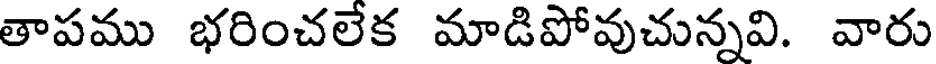
తాపము భరించలేక మాడిపోవుచున్నవి. వారు